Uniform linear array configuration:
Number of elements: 32
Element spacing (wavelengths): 0.5
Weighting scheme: hann
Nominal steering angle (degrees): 60
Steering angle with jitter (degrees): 59.537
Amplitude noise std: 0.05
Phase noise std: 0.05

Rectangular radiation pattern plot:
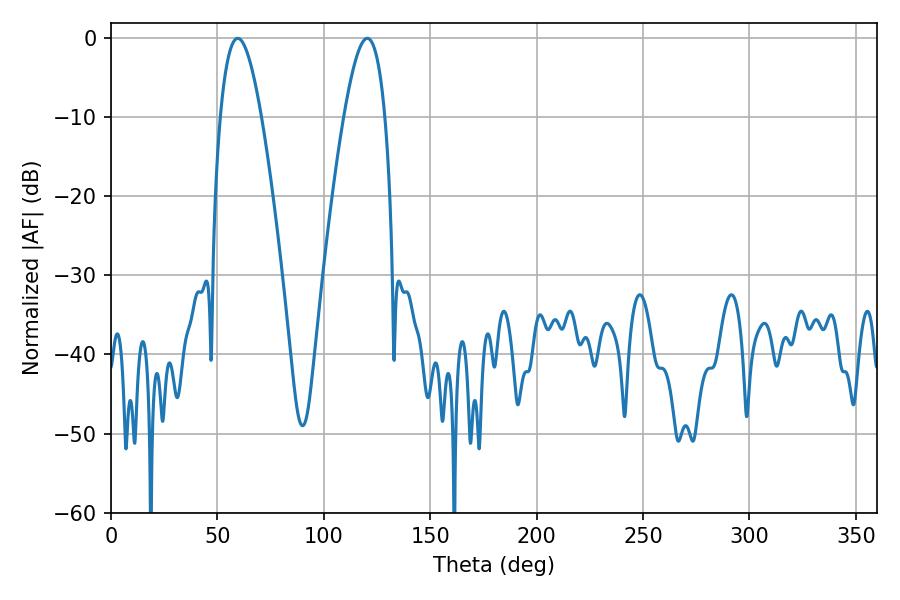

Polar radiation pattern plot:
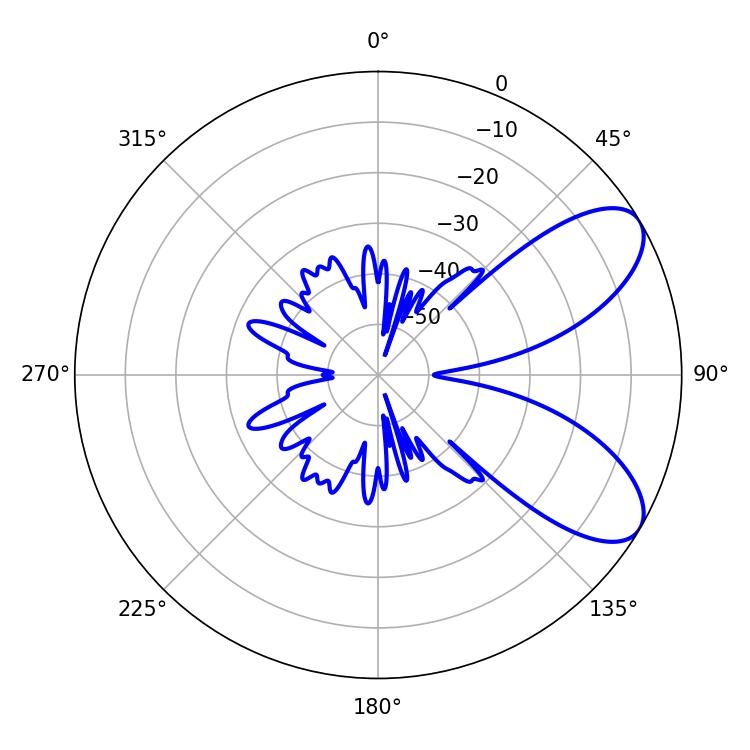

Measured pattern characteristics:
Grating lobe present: FALSE
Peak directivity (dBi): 7.648
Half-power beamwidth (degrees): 10.62
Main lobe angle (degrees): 59.58